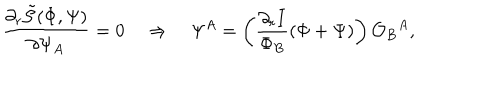
LaTeX: \frac { \partial _ { r } \tilde { \cal S } ( \Phi , \Psi ) } { \partial \Psi _ { A } } = 0 \quad \Rightarrow \quad \Psi ^ { A } = \left( \frac { \partial _ { r } I } { \Phi _ { B } } ( \Phi + \Psi ) \right) { \cal O } _ { B } { } ^ { A } ,